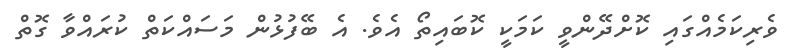
ވެރިކަމެއްގައި ކޮށްދޭންވީ ކަމަކީ ކޮބައިތޯ އެވެ. އެ ބޭފުޅުން މަސައްކަތް ކުރައްވާ ގޮތް